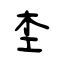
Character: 杢